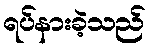
ရပ်နားခဲ့သည်